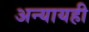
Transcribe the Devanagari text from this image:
अन्यायही